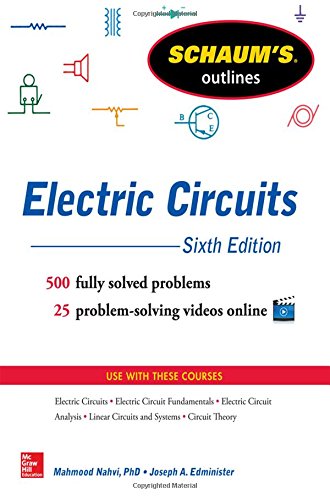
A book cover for Schaum's Outline of Electric Circuits, 6th edition (Schaum's Outlines); Mahmood Nahvi; Test Preparation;